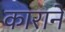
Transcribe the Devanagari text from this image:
काराने